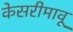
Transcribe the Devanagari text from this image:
केसरीमावू